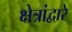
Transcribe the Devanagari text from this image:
क्षेत्रांद्वारे